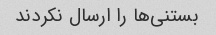
بستنی‌ها را ارسال نکردند